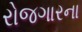
રોજગારના